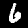
Digit: 6